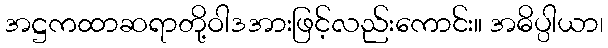
အဋ္ဌကထာဆရာတို့ဝါဒအားဖြင့်လည်းကောင်း။ အဓိပ္ပါယာ၊